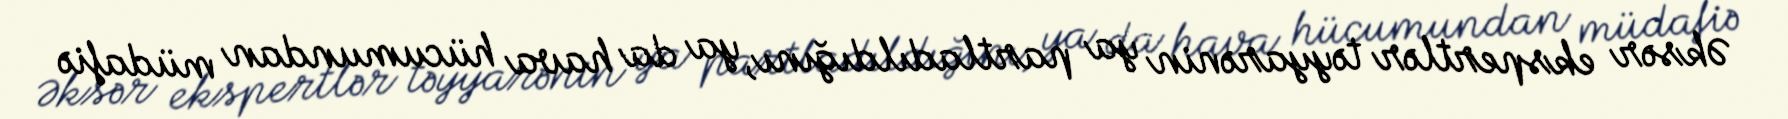
Əksər ekspertlər təyyarənin ya partladıldığını, ya da hava hücumundan müdafiə